Vaccine operations Central Provinces & Berar 1912-1920 - 1912-1920
Year: 1912
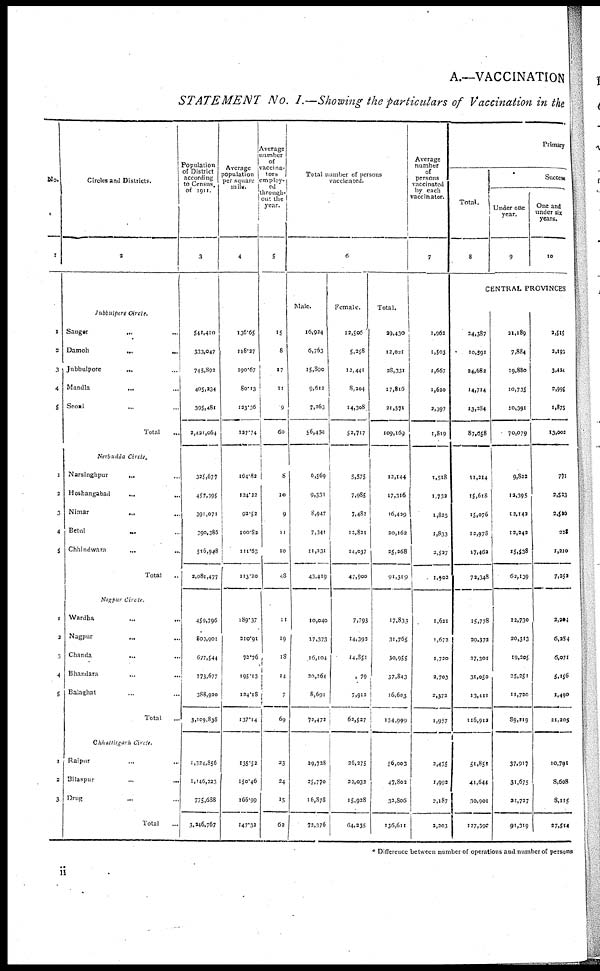
A.—VACCINATION
STATEMENT No. I.—Showing the particulars of Vaccination in the
No.
1
1
2
3
4
5
1
2
3
4
5
1
2
3
4
5
1
2
3
Circles and Districts.
2
Jubbulpore Circle.
Saugor
... ...
Damoh
.
.
. ...
Jubbulpore
... ...
Mandla
... ...
Seoni
...
Total ...
Nerbudda Circle.
Narsinghpur
... ...
Hoshangabad
...
...
Nimar
...
...
Betul
... ...
Chhindwara
... ...
Total ...
Nagpur Circle.
Wardha ... ...
Nagpur ... ...
Chanda ... ...
Bhandara ... ...
Balaghat ... ...
Total ...
Chhattisgarh Circle.
Raipur ... ...
Bilaspur ... ...
Drug ... ...
Total ...
Population
of District
according
to Census.
of 1911.
3
541,410
333,047
745,892
405,234
395,481
2,421,064
325,677
457,395
391,071
390,385
516,948
2,081,477
459,796
809,901
677,544
773,677
388,920
3,109,838
1,324,856
1,146,223
775,688
3,246,767
Average
population
per square
mile.
4
136.65
118.27
190.67
80.13
123.36
127.74
164.82
124.22
92.52
100.82
111.63
113.20
189.37
210.91
72.76
195.13
124.18
137.14
135.52
150.46
166.99
147.32
Average
number
of
vaccina-
tors
employ-
ed
through-
out the
year.
5
15
8
17
11
9
60
8
10
9
11
10
48
11
19
18
14
7
69
23
24
15
62
Total number of persons
vaccinated.
6
Male.
16,924
6,763
15,890
9,612
7,263
56,430
6,569
9,331
8,947
7,341
11,231
43,419
10,040
17,373
16,104
20,264
8,691
72,472
29,728
25,770
16,878
72,376
Female.
12,506
5,258
12,441
8,204
14,308
52,717
3,575
7,985
7,482
12,821
14,037
47,900
7,793
14,392
14,851
79
7,912
62,527
26,275
22,032
15,928
64,235
Total.
39,430
12,021
28,331
17,816
21,571
109,169
12,144
17,316
16,429
20,162
25,268
91,319
17,833
31,765
30,955
37,843
16,603
134,999
56,003
47,802
32,806
136,611
Average
number
of
persons
vaccinated
by each
vaccinator.
7
1,962
1,503
1,667
1,620
2,397
1,819
1,518
1,732
1,825
1,833
2,527
1,902
1,621
1,672
1,720
2,703
2,372
1,957
2,435
1,992
2,187
2,203
Primary
Total.
8
Success
Under one
year.
9
One and
under six
years.
10
CENTRAL PROVINCES
24,387
10,591
34,682
14,714
13,284
87,658
11,214
15,618
15,076
12,978
17,462
72,348
15,778
29,373
27,301
31,050
13,411
116,912
51,852
44,644
30,901
127,397
21,189
7,884
19,880
10,735
10,391
70,079
9,823
12,395
12,142
12,242
15,538
62,139
12,730
20,313
19,205
25,251
11,720
89,219
37,917
31,675
21,727
91,319
2,515
2,193
3,434
2,995
1,875
13,002
771
2,523
2,520
328
1,210
7,252
2,204
6,284
6,071
5,156
1,490
21,205
10,791
8,608
8,115
27,514
* Difference between number of operations and number of persons
ii